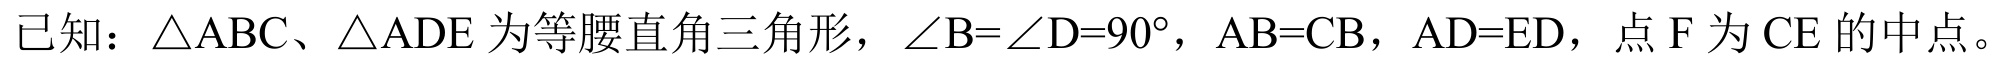
已知：\(\triangle ABC、\triangle ADE\)为等腰直角三角形，\(\angle B = \angle D = 90^{\circ}\)，\(AB = CB\)，\(AD = ED\)，点\(F\)为\(CE\)的中点。